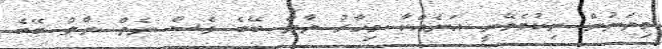
މިތަނުން ނިކުމެވޭނީ އަނެއްކާ މިހާރު ޔާލް ބޭބެ ވެސް ނެތް ޔާލް ބޭބެ